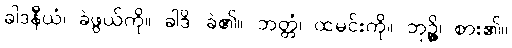
ခါဒနီယံ၊ ခဲဖွယ်ကို။ ခါဒိ၊ ခဲ၏။ ဘတ္တံ၊ ထမင်းကို။ ဘုဉ္ဇိ၊ စား၏။